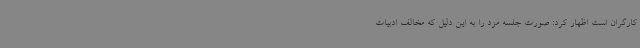
کارگران است اظهار کرد: صورت جلسه مزد را به این دلیل که مخالف ادبیات